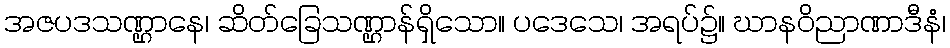
အဇပဒသဏ္ဌာနေ၊ ဆိတ်ခြေသဏ္ဌာန်ရှိသော။ ပဒေသေ၊ အရပ်၌။ ဃာနဝိညာဏာဒီနံ၊